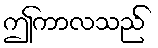
ဤကာလသည်